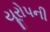
યૂરોપની